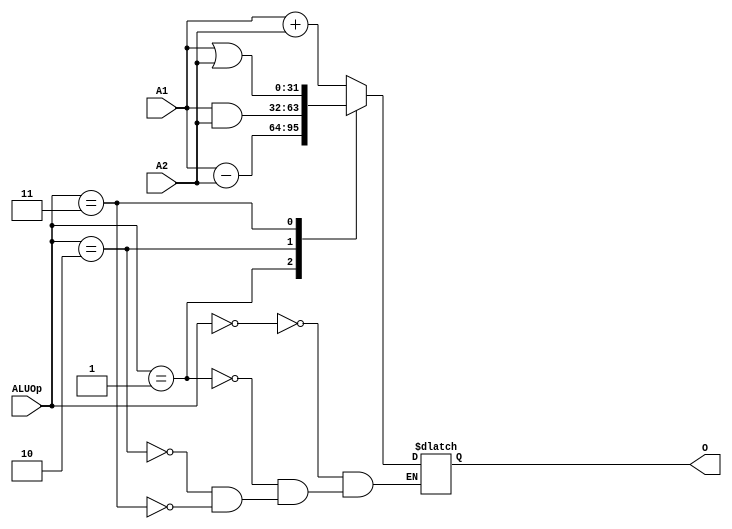
`timescale 1ns / 1ps
//////////////////////////////////////////////////////////////////////////////////
// Company: 
// Engineer: 
// 
// Design Name: 
// Module Name:    ALU 
// Project Name: 
// Target Devices: 
// Tool versions: 
// Description: 
//
// Dependencies: 
//
// Revision: 
// Revision 0.01 - File Created
// Additional Comments: 
//
//////////////////////////////////////////////////////////////////////////////////

`define ADDU 4'b0000
`define SUBU 4'b0001
`define AND  4'b0010
`define ORI  4'b0011


module ALU(
    input [31:0] A1,
    input [31:0] A2,
	 input [3:0] ALUOp,
    output reg [31:0] O
    );
	 initial begin
		O = 32'h00000000;
	 end
	 always@(*) begin
		case(ALUOp)
			`ADDU: begin
				O = A1 + A2;
			end
			`SUBU: begin
				O = A1 - A2;
			end
			`AND: begin
				O = A1 & A2;
			end
			`ORI: begin
				O = A1 | A2;
			end
			default: begin
			end
		endcase
	 end
endmodule